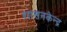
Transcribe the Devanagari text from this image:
शासनकेन्द्र